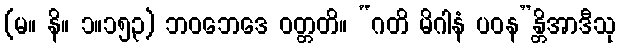
(မ။ နိ။ ၁။၁၅၃) ဘဝဘေဒေ ဝတ္တတိ။ “ဂတိ မိဂါနံ ပဝန”န္တိအာဒီသု